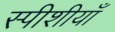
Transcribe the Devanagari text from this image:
स्पीशीयाँ